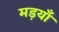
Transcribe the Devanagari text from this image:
मड़याँ